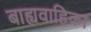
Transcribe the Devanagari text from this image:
बाह्यवाहिका